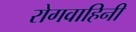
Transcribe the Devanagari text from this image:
रोगवाहिनी